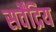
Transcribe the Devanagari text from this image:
सर्वेंद्रिय